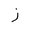
Letter: _zay